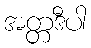
အတ္တဒီပါ